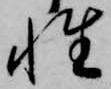
性